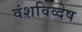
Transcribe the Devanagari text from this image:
वंशविव्देष